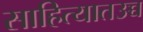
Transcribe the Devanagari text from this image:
साहित्यातउच्च